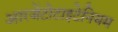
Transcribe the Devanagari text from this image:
आरजेंटोटाइटेनियम